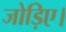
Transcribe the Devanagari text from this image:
जोड़िए।